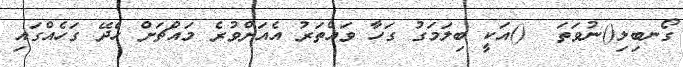
ގޯނބިލި()ނުވަތަ  ()އަކީ ބިލަމަގު ގަހާ ވައްތަރު އެއަށްވުރެ މައްޗަށް ހެދޭ ގަހެއްގައި